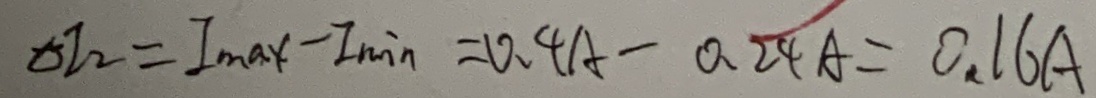
\Delta I _ { 2 } = I _ { \max } - I _ { \min } = 0 . 4 A - 0 . 2 4 A = 0 . 1 6 A